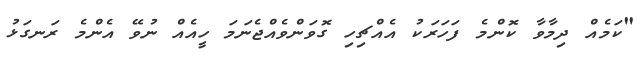
"ކަމެއް ދިމާވާ ކޮންމެ ފަހަރަކު އެއްޗިހި ގޮވަންވެއްޖެނަަމަ ހީއެއް ނުވޭ އެންމެ ރަނގަޅު